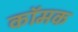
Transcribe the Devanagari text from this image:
कॉमक